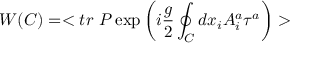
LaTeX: W ( C ) = < t r ~ P \exp \left( i { \frac { g } { 2 } } \oint _ { C } d x _ { i } A _ { i } ^ { a } \tau ^ { a } \right) >